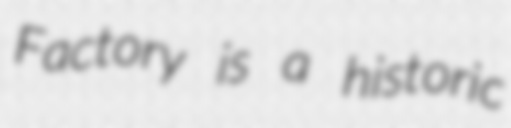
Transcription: Factory is a historic